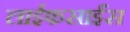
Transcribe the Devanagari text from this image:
लाईफसाईंस